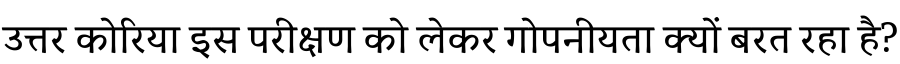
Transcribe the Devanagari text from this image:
उत्तर कोरिया इस परीक्षण को लेकर गोपनीयता क्यों बरत रहा है?